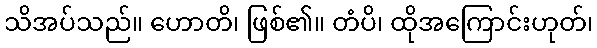
သိအပ်သည်။ ဟောတိ၊ ဖြစ်၏။ တံပိ၊ ထိုအကြောင်းဟုတ်၊